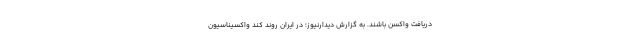
دریافت واکسن باشند. به گزارش دیدارنیوز؛ در ایران روند کند واکسیناسیون